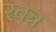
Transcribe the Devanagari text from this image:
रक्त्र